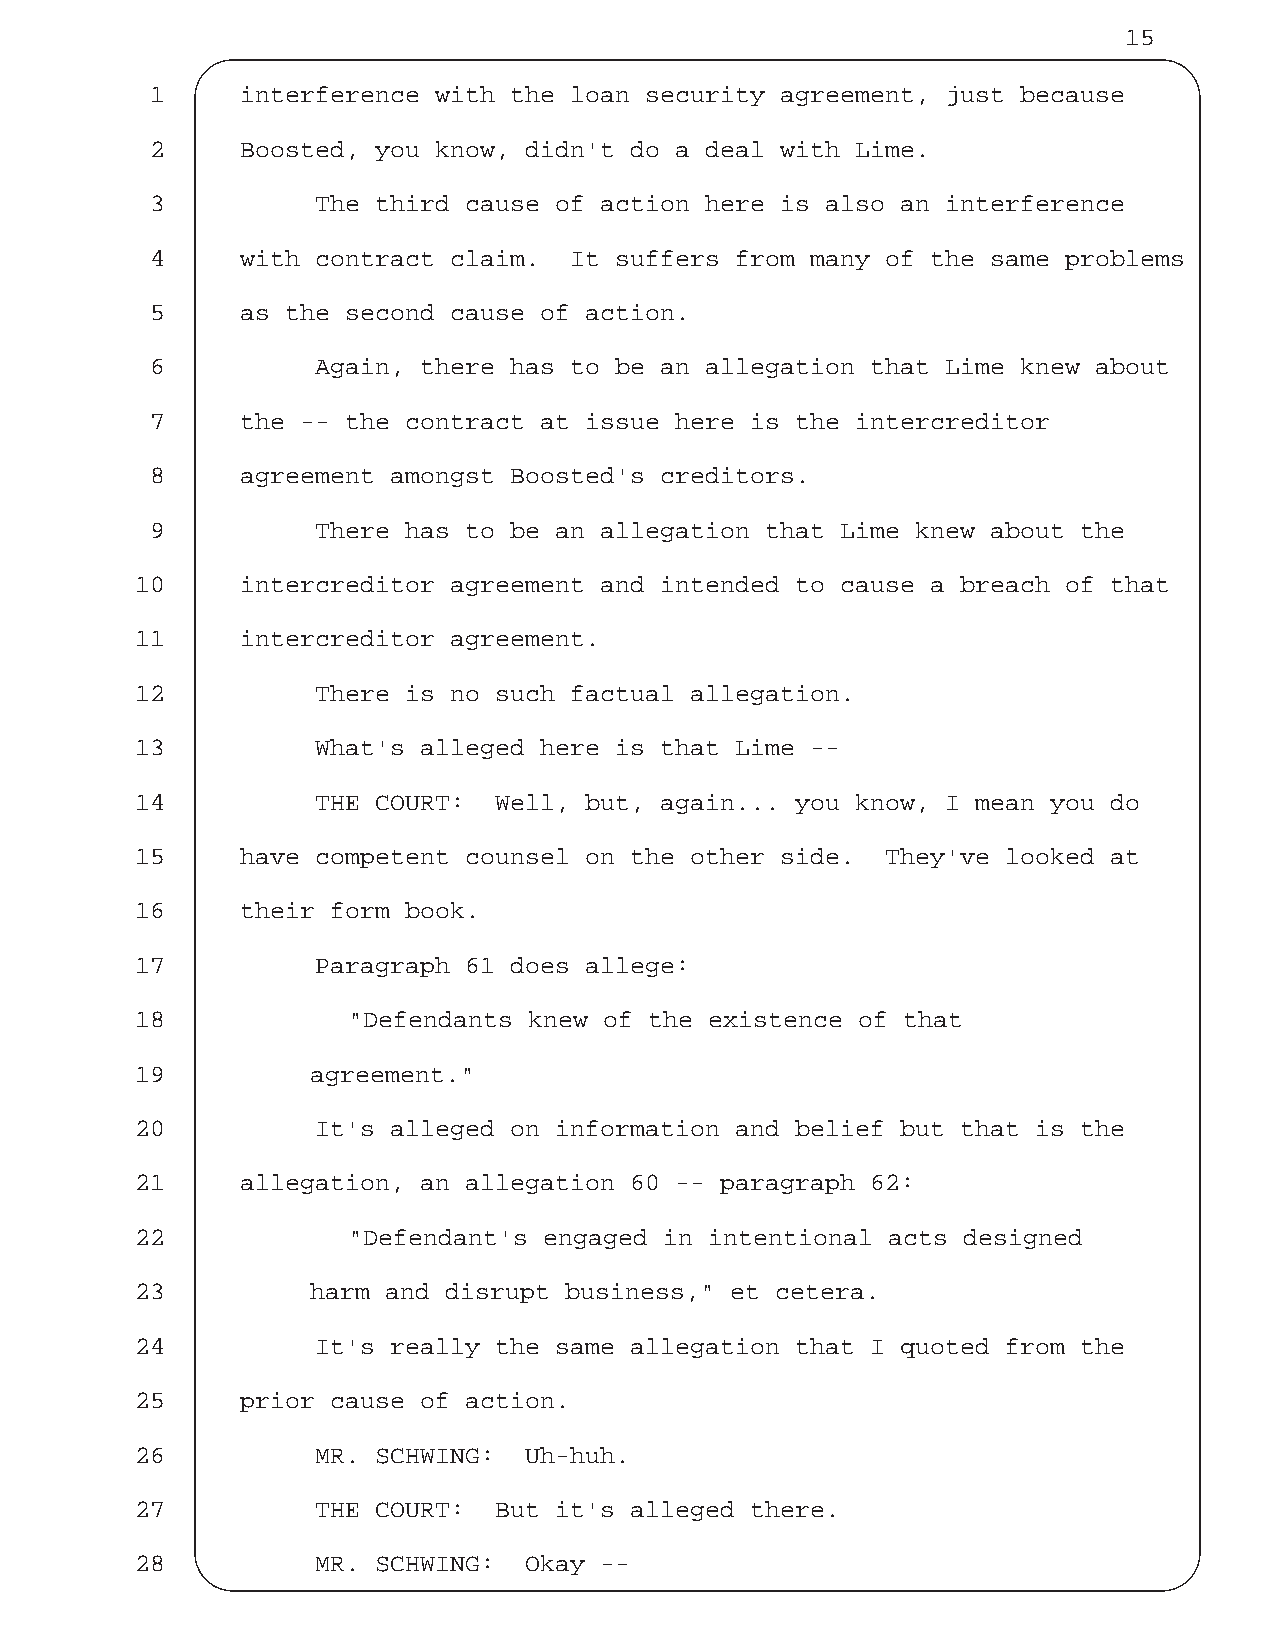
15
 1     interference with the loan security agreement, just because
 2     Boosted, you know, didn't do a deal with Lime.
 3          The third cause of action here is also an interference
 4     with contract claim.  It suffers from many of the same problems
 5     as the second cause of action.
 6          Again, there has to be an allegation that Lime knew about
 7     the -- the contract at issue here is the intercreditor
 8     agreement amongst Boosted's creditors.
 9          There has to be an allegation that Lime knew about the
 10     intercreditor agreement and intended to cause a breach of that
 11     intercreditor agreement.
 12          There is no such factual allegation.
 13          What's alleged here is that Lime --
 14          THE COURT:  Well, but, again... you know, I mean you do
 15     have competent counsel on the other side.  They've looked at
 16     their form book.
 17          Paragraph 61 does allege:
 18            "Defendants knew of the existence of that
 19          agreement."
 20          It's alleged on information and belief but that is the
 21     allegation, an allegation 60 -- paragraph 62:
 22            "Defendant's engaged in intentional acts designed
 23          harm and disrupt business," et cetera.
 24          It's really the same allegation that I quoted from the
 25     prior cause of action.
 26          MR. SCHWING:  Uh-huh.
 27          THE COURT:  But it's alleged there.
 28          MR. SCHWING:  Okay --